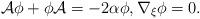
LaTeX: \begin{align*}\mathcal{A}\phi +\phi \mathcal{A}=-2\alpha \phi ,\nabla _{\xi }\phi =0. \end{align*}